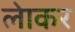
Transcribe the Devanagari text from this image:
लेाकर